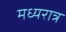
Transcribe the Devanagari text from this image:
मध्यरात्र